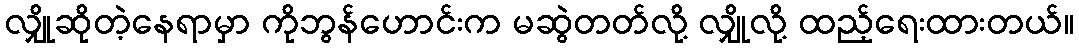
လျှိုဆိုတဲ့နေရာမှာ ကိုဘွန်ဟောင်းက မဆွဲတတ်လို့ လျှိုလို့ ထည့်ရေးထားတယ်။